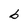
Character: b